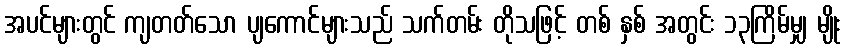
အပင်များတွင် ကျတတ်သော ပျကောင်များသည် သက်တမ်း တိုသဖြင့် တစ် နှစ် အတွင်း ၁၃ကြိမ်မျှ မျိုး